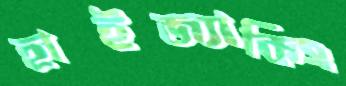
হাইজ্যাকিং